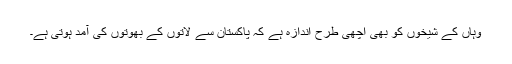
وہاں کے شیخوں کو بھی اچھی طرح اندازہ ہے کہ پاکستان سے لاتوں کے بھوتوں کی آمد ہوتی ہے۔